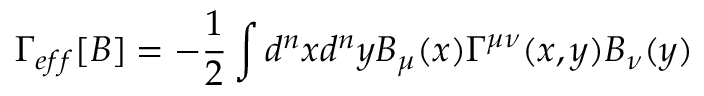
\Gamma _ { e f f } [ B ] = - \frac { 1 } { 2 } \int d ^ { n } x d ^ { n } y B _ { \mu } ( x ) \Gamma ^ { \mu \nu } ( x , y ) B _ { \nu } ( y )